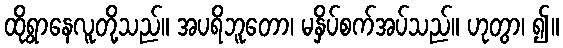
ထိုရွာနေလူတို့သည်။ အပရိဘူတော၊ မနှိပ်စက်အပ်သည်။ ဟုတွာ၊ ၍။